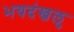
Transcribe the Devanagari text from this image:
भयदंखलु